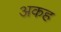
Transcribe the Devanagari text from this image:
अकह